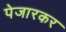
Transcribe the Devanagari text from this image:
पेजारकर